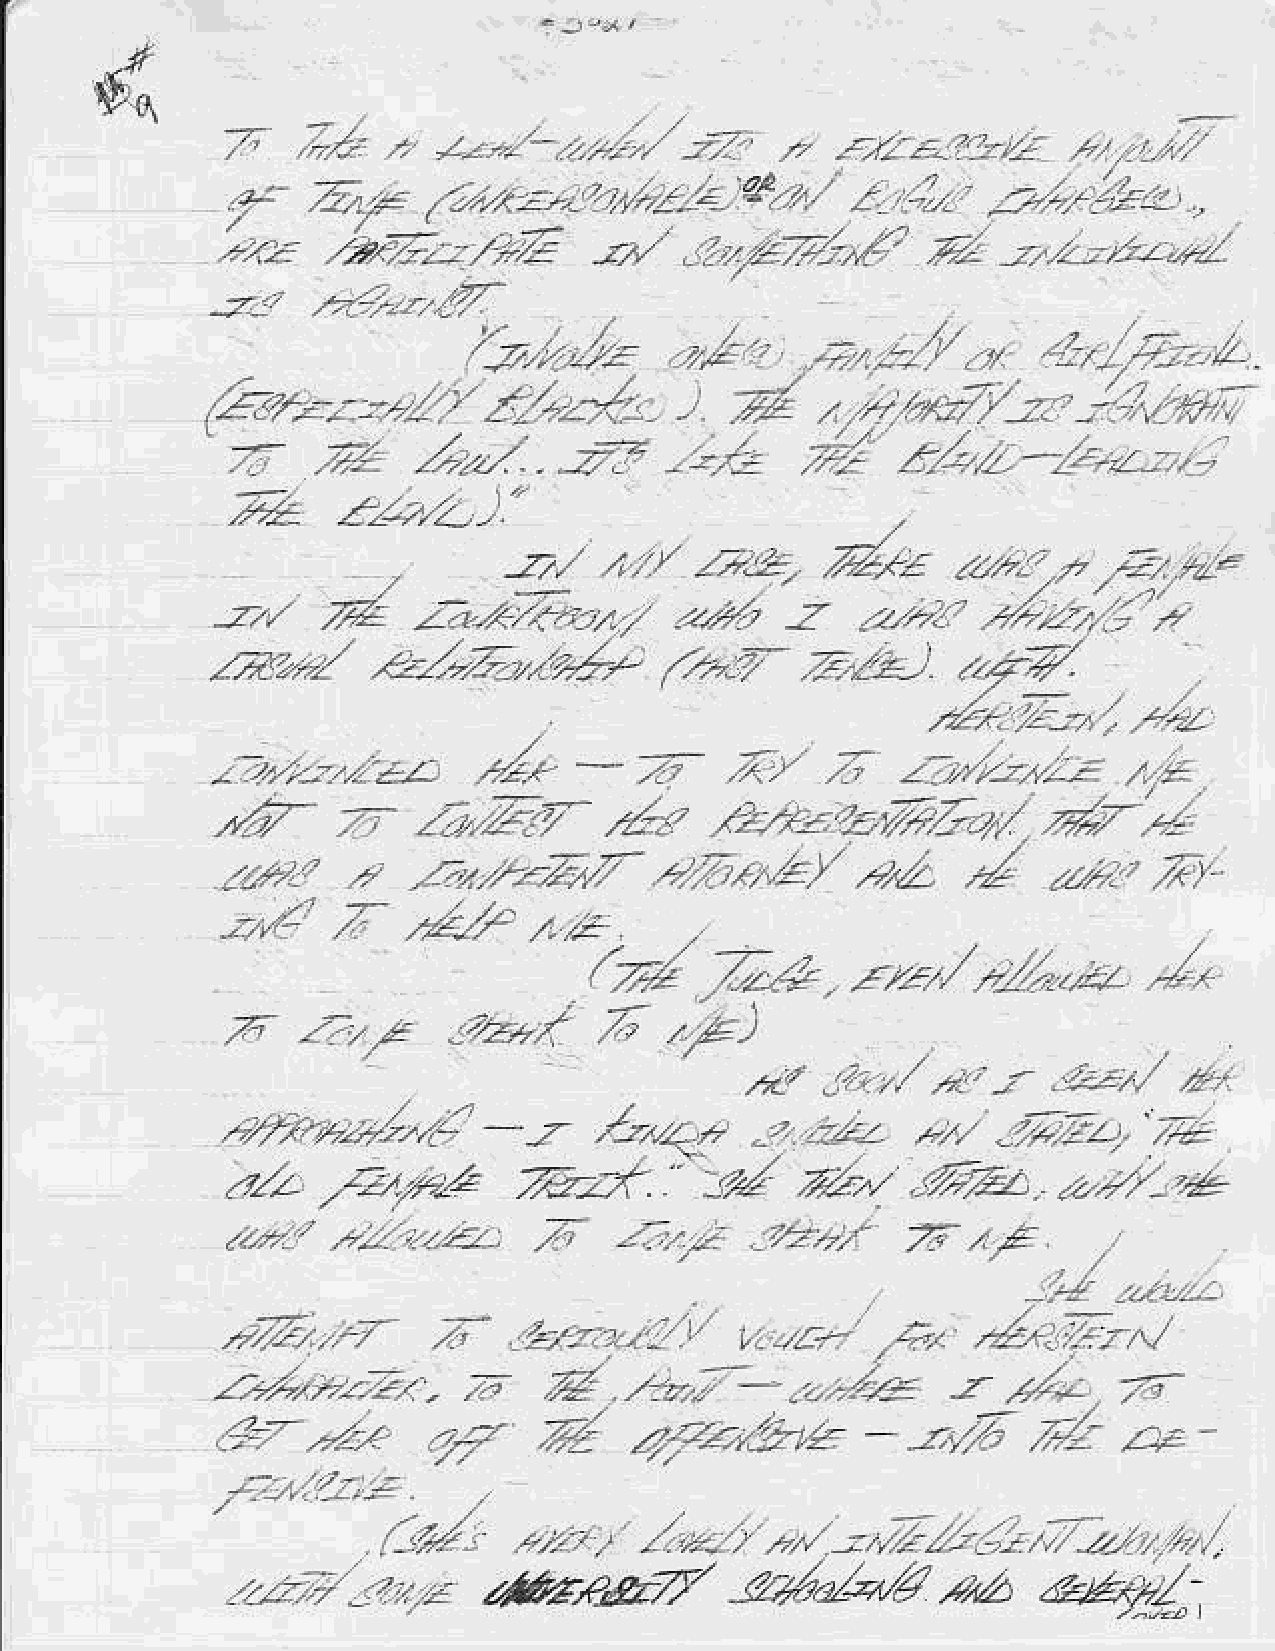
-   :1    ,
 z---      ./.   .=     ,        L   :L.   //.:-
 i,r',4
 't-22'!.4./           :.
 /
 :-   A,.,   /a',.-                                -:;---?ro
 '-.2                                                             .
 z.ZLzlz7        s     ltAz.--*o        2         -,2-
 ,,,.-
 n
 --zo
 ;", ,<7'2,./,
 ,  ;t,=l      a
 j.//4           ,,"                    -:,-1a-   .,"
 .  d      .-7x/"2-,'-,.p:
 6.+..,,-
 ' 7;   .4     Zz-1     -21    - )./o   d'    ;1rz-2,-        -,.
 .
 ,te             )
 Zza-JtlZ
 j?,    : t  2G.      d,z           *   Ea.
 ---
 :   t         z-"2,T,.,               z    ..2-               r
 .fy'                                        zZ.:zz
 ,z/:a
 ..q7/
 z7:.;      a/,ja,.?tt.'
 /,,.-     Z,c.e-.
 ,b.z:../A
 4-.2
 ,Ar-    7-   Z.'Zv-
 ,zzz    a.at2-+-a--.zz
 ..a,     -  /124,-           -,6rWV       ,eZ    4     -2".'/1
 *1P         ,4
 .1.
 -2rG
 ^E                    r*./.2-;-           /.
 7.,a
 z
 z'I                 /,
 -4-/           A)
 L./,1     :    I- al
 -a                           z-t
 --.t'.;./2.1        -z   lr_:        , ,zt,   -z
 _                 --?_.   _Z
 YZ
 /<zlaa       Z./va.    "               .7,22.
 >1a                                       z.z          .zz.y/,,.&
 z;
 ,;z/,,t;2,:,=< -
 &7t/..,"      q7            )7,re,*           -f"     rZ    ,;.  -
 -